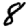
Digit: 8